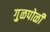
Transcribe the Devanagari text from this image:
गु़ळपोळी